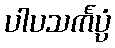
ပါပသင်္ကပ္ပံ